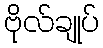
ဗိုလ်ချုပ်